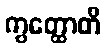
ကွတ္ထောတိ